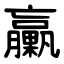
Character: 臝